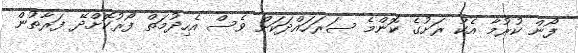
ފޯން ކުރުމާ އެކު ރަށުގެ ކޮންމެ ސަރަހައްދަކަށް ވެސް އެހިދުމަތް ފޯރުކޮށްދޭ ފަރާތުން